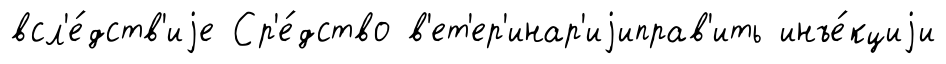
всл'е́дств'иjе Ср'е́дство в'ет'ер'инар'иjиправ'ить инъе́кциjи